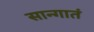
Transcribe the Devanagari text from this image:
सान्गातं